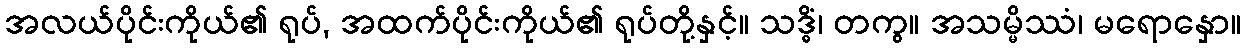
အလယ်ပိုင်းကိုယ်၏ ရုပ်, အထက်ပိုင်းကိုယ်၏ ရုပ်တို့နှင့်။ သဒ္ဓိံ၊ တကွ။ အသမ္မိဿံ၊ မရောနှော။